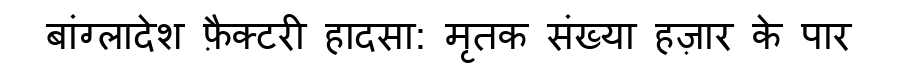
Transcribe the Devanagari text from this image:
बांग्लादेश फ़ैक्टरी हादसा: मृतक संख्या हज़ार के पार